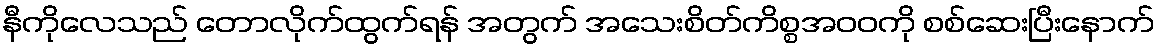
နီကိုလေသည် တောလိုက်ထွက်ရန် အတွက် အသေးစိတ်ကိစ္စအဝဝကို စစ်ဆေးပြီးနောက်